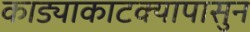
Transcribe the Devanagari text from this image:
काड्याकाटक्यापासुन